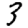
Digit: 3